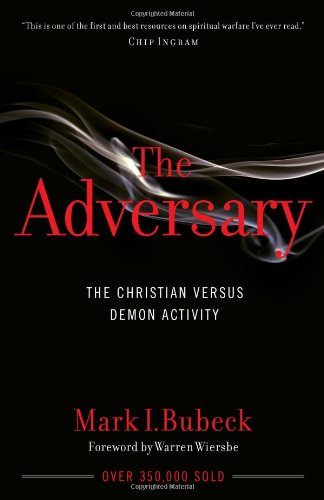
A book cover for The Adversary: The Christian Versus Demon Activity; Mark I. Bubeck; Christian Books & Bibles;